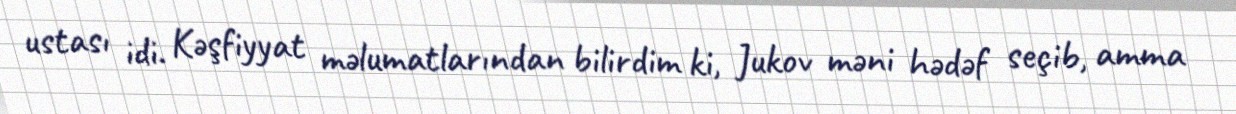
ustası idi. Kəşfiyyat məlumatlarından bilirdim ki, Jukov məni hədəf seçib, amma